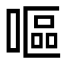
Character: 嘔